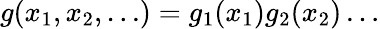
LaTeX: g(x_{1},x_{2},\ldots)=g_{1}(x_{1})g_{2}(x_{2})\ldots